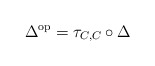
\begin{align*}\Delta^{\rm{op}}=\tau_{C,C} \circ \Delta\end{align*}